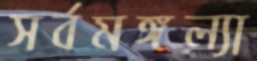
সর্বমঙ্গল্যা